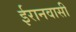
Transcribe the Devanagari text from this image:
ईरानवासी